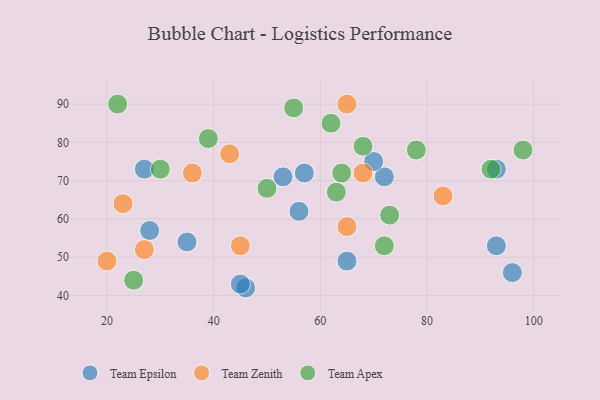
{"axis": {"x": "GDP", "y": "Life Expectancy"}, "legend": ["Team Apex", "Team Epsilon", "Team Zenith"], "data": [{"x": "65", "y": 49, "type": "Team Epsilon"}, {"x": "46", "y": 42, "type": "Team Epsilon"}, {"x": "93", "y": 73, "type": "Team Epsilon"}, {"x": "35", "y": 54, "type": "Team Epsilon"}, {"x": "45", "y": 43, "type": "Team Epsilon"}, {"x": "96", "y": 46, "type": "Team Epsilon"}, {"x": "53", "y": 71, "type": "Team Epsilon"}, {"x": "93", "y": 53, "type": "Team Epsilon"}, {"x": "28", "y": 57, "type": "Team Epsilon"}, {"x": "57", "y": 72, "type": "Team Epsilon"}, {"x": "72", "y": 71, "type": "Team Epsilon"}, {"x": "56", "y": 62, "type": "Team Epsilon"}, {"x": "27", "y": 73, "type": "Team Epsilon"}, {"x": "70", "y": 75, "type": "Team Epsilon"}, {"x": "23", "y": 64, "type": "Team Zenith"}, {"x": "45", "y": 53, "type": "Team Zenith"}, {"x": "83", "y": 66, "type": "Team Zenith"}, {"x": "68", "y": 72, "type": "Team Zenith"}, {"x": "20", "y": 49, "type": "Team Zenith"}, {"x": "27", "y": 52, "type": "Team Zenith"}, {"x": "65", "y": 58, "type": "Team Zenith"}, {"x": "43", "y": 77, "type": "Team Zenith"}, {"x": "36", "y": 72, "type": "Team Zenith"}, {"x": "65", "y": 90, "type": "Team Zenith"}, {"x": "63", "y": 67, "type": "Team Apex"}, {"x": "50", "y": 68, "type": "Team Apex"}, {"x": "30", "y": 73, "type": "Team Apex"}, {"x": "73", "y": 61, "type": "Team Apex"}, {"x": "55", "y": 89, "type": "Team Apex"}, {"x": "98", "y": 78, "type": "Team Apex"}, {"x": "62", "y": 85, "type": "Team Apex"}, {"x": "22", "y": 90, "type": "Team Apex"}, {"x": "68", "y": 79, "type": "Team Apex"}, {"x": "25", "y": 44, "type": "Team Apex"}, {"x": "72", "y": 53, "type": "Team Apex"}, {"x": "92", "y": 73, "type": "Team Apex"}, {"x": "64", "y": 72, "type": "Team Apex"}, {"x": "39", "y": 81, "type": "Team Apex"}, {"x": "78", "y": 78, "type": "Team Apex"}]}